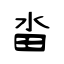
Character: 畓